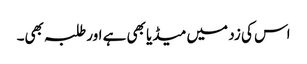
اس کی زد میں میڈیا بھی ہے اور طلبہ بھی۔